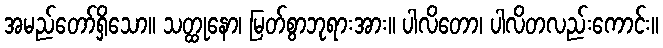
အမည်တော်ရှိသော။ သတ္ထုနော၊ မြတ်စွာဘုရားအား။ ပါလိတော၊ ပါလိတလည်းကောင်း။